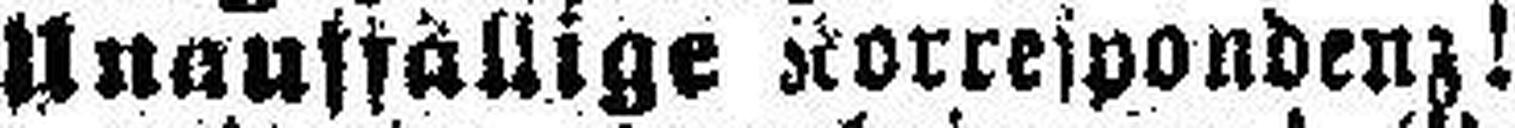
Unauffällige Korrespondenz! Ge¬